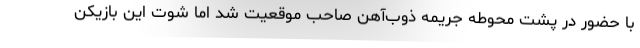
با حضور در پشت محوطه جریمه ذوب‌آهن صاحب موقعیت شد اما شوت این بازیکن